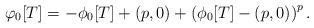
LaTeX: \begin{gather*} \varphi_0[T]= -\phi_0[T]+ (p, 0) + \left(\phi_0[T]- (p, 0)\right)^p.\end{gather*}